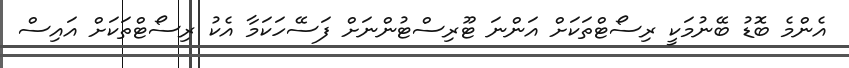
އެންމެ ބޮޑު ބޭނުމަކީ ރިސޯޓްތަކަށް އަންނަ ޓޫރިސްޓުންނަށް ފަސޭހަކަމާ އެކު ރިސޯޓްތަކަށް އައިސް